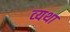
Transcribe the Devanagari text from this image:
व्‍यथा